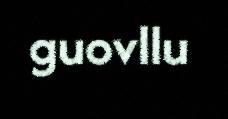
guovllu